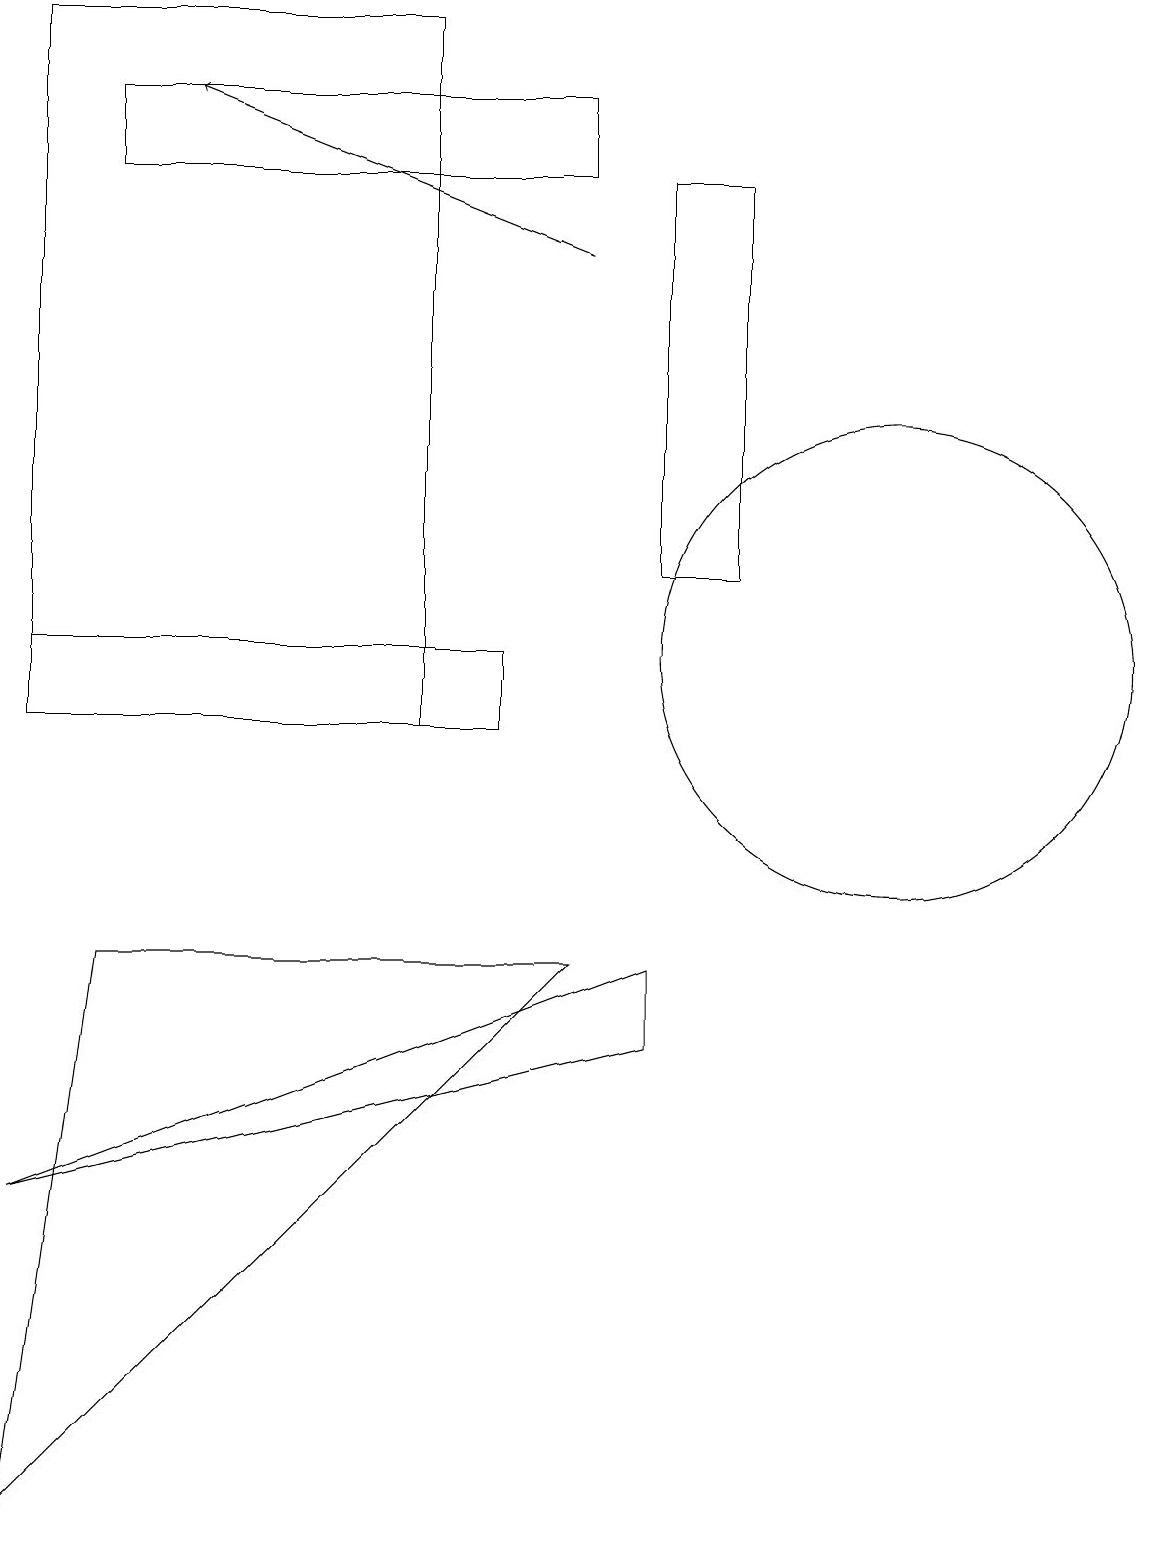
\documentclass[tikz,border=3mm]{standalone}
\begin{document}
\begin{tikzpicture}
\draw (11,11) circle (3);
\draw (0,19) rectangle (5,10);
\draw (8,6) -- (8,7) -- (0,4) -- cycle;
\draw (0,11) rectangle (6,10);
\draw[->] (7,16) -- (2,18);
\draw (7,17) rectangle (1,18);
\draw (0,0) -- (1,7) -- (7,7) -- cycle;
\draw (8,17) rectangle (9,12);
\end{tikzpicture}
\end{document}